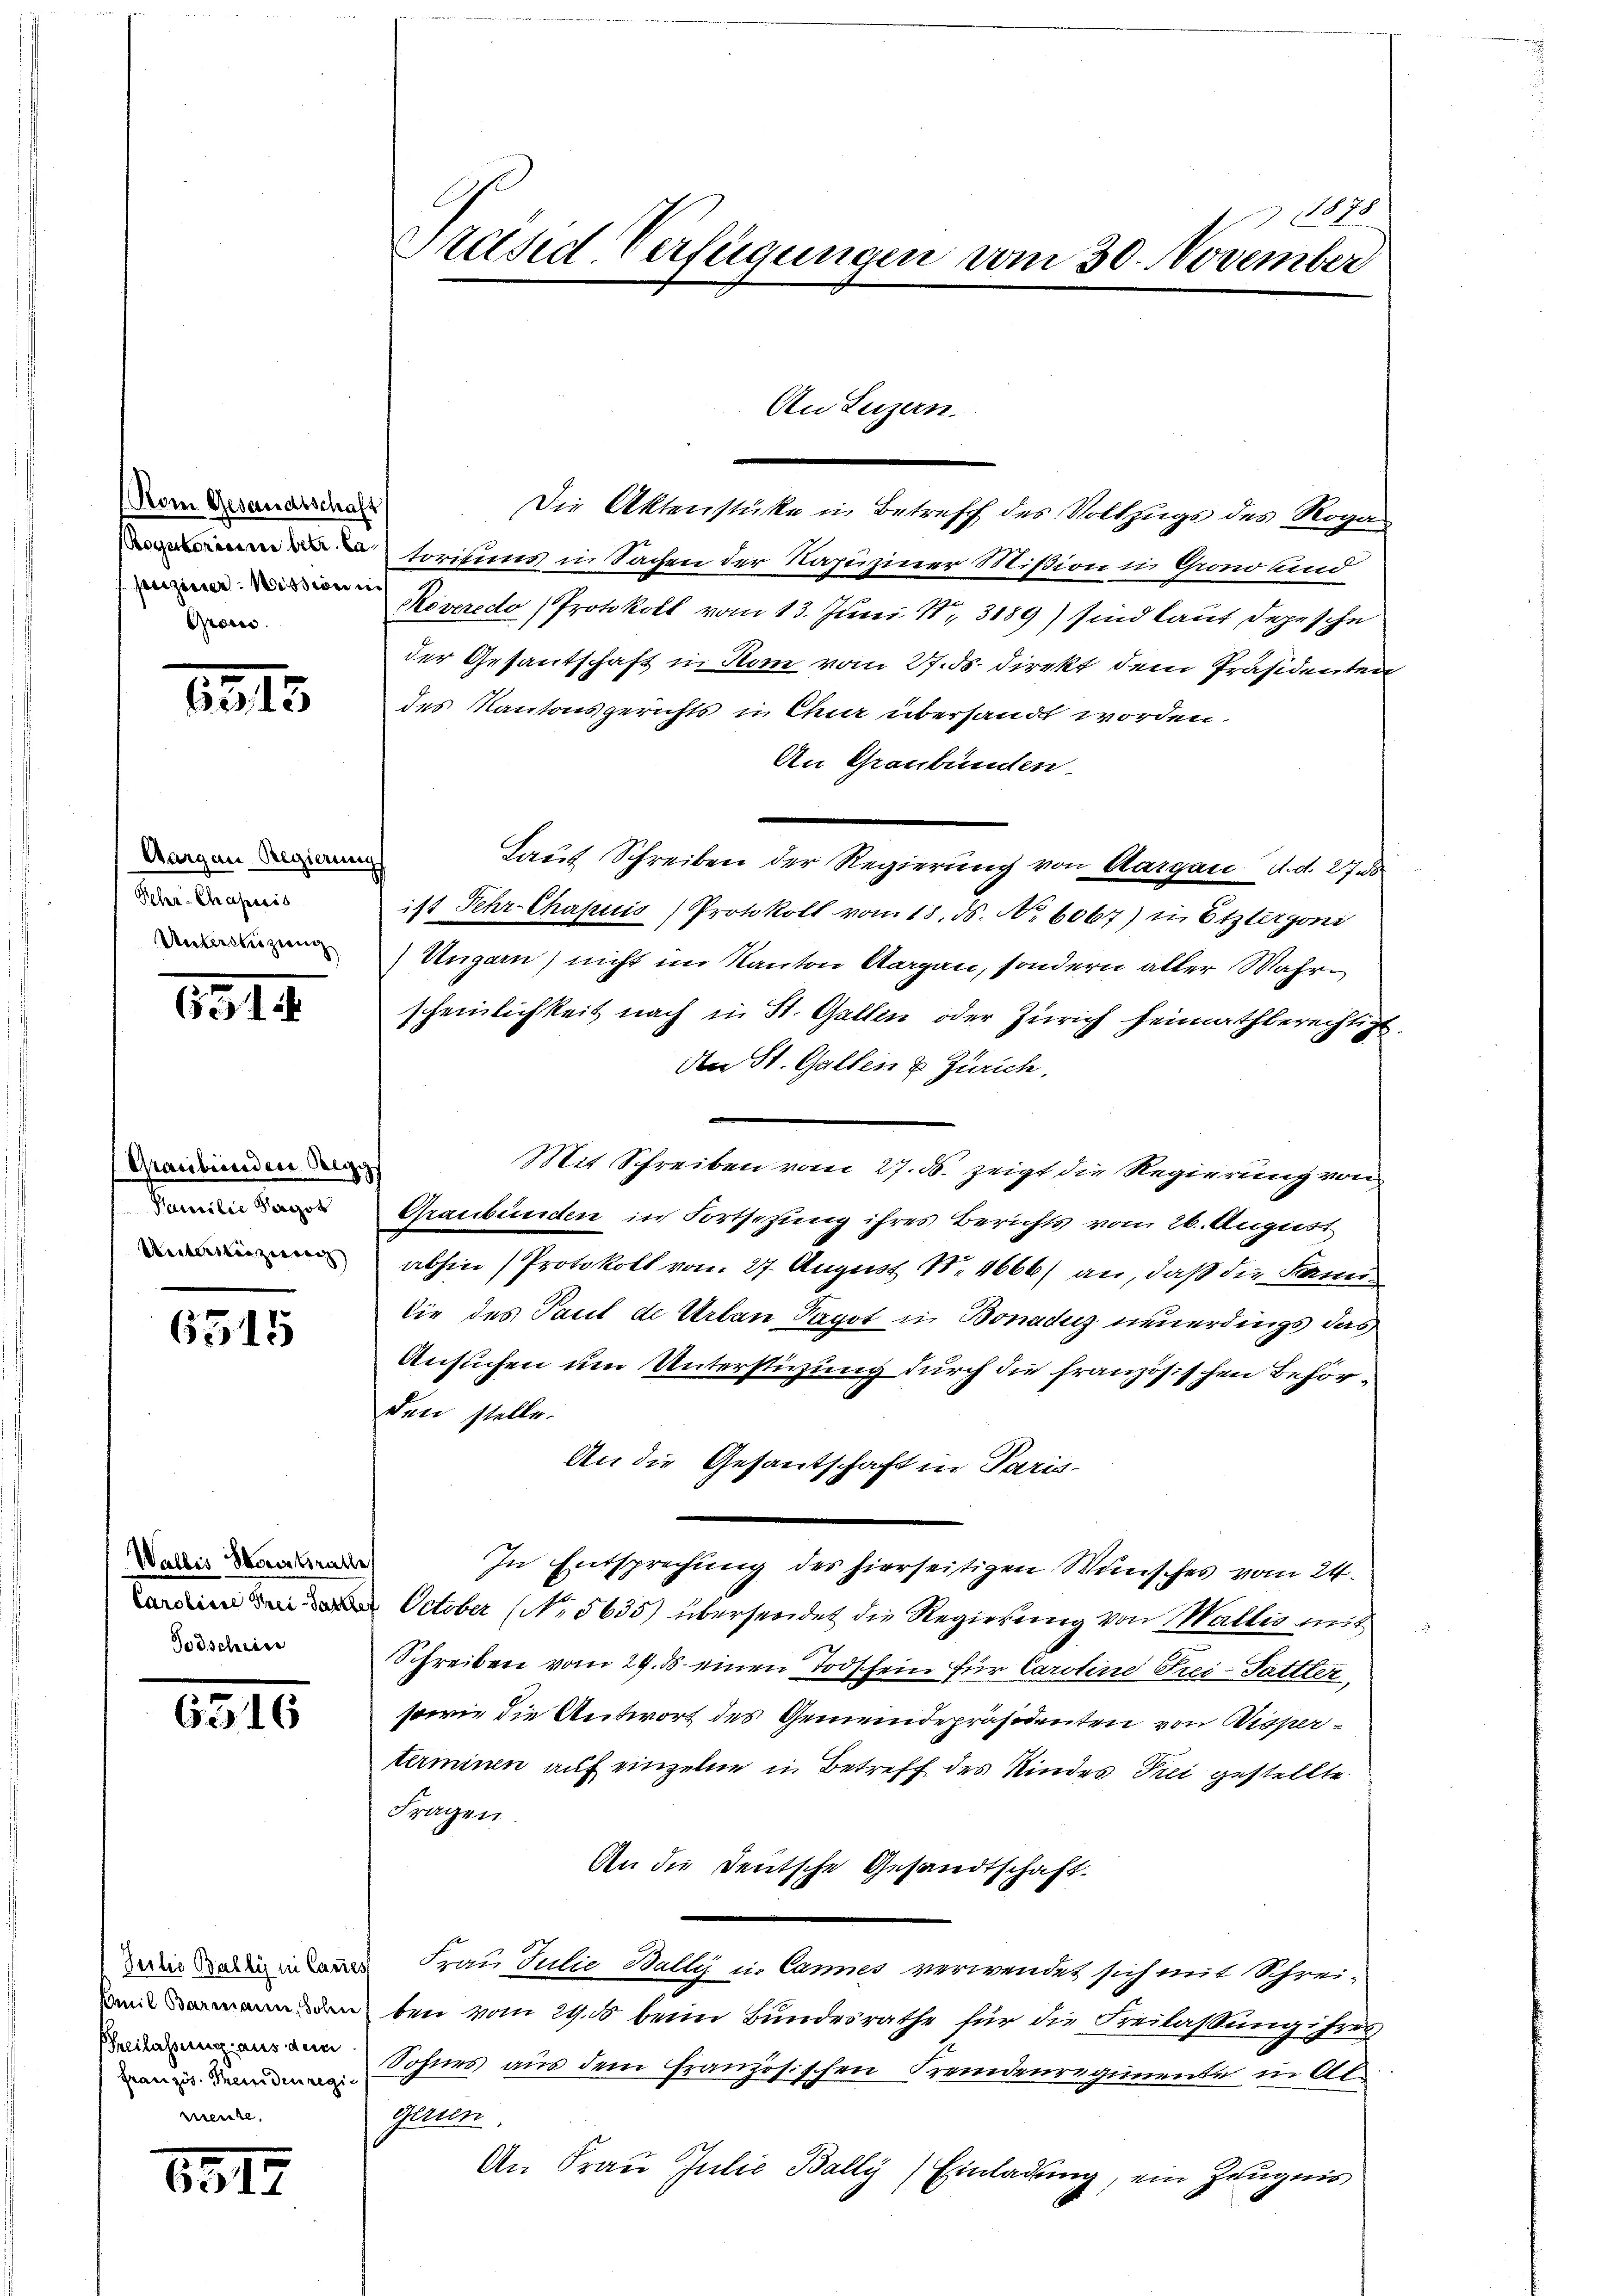
Nom Gesandtschaft
puziner Mission i
Grom.

1315

Aargau Regierungs
Pehr-Chaprés
Untertigung

1818.

Graubünden Regg
Familie Karot
Unteriteizieren

6315

Wallis Haustrathe
Todscheine

6316

Juilio Balky in Canzes
Amil Barmann, Sohnne
Breilassung aus dem
Französ. Berne dein regirrente,

6319

178
Präsid. Verfügungen vom 30. November

Die Aktenstücke in Betreff des Vollzugs des Roga
toritums in Sachen der Napuziner Missioni Grono land
Roveredo (Protokoll vom 13. Juni 183189) sind laut depesche
der Gesantschaft in Rom vom 27. ds. direkt dem Präsidenten
des Kantonsgerichts in Chur übersandt worden.
An Graubünden.
Laut Schreiben der Regierung von Aargau d. d. 273
ist Fehr-Chapuis Protokoll vom 18. ds. No 6067) in Etztergoni
Ungarn) nicht im Kanton Aargau, sondern aller Wahrscheinlichkeit nach in St. Gallen oder Zürich heimathberechtigt.
An St. Gallen & Zürich,
Mit Schreiben vom 27. ds. zeigt die Regierung von
Graubünden in Fortsezung ihres Berichts vom 26. August
abhin (Protokoll von 27. August N. 4666) an, daß die kann
die des Paul de Urban Pagot in Bonaduz neuerdings das
Ansuchen um Unterstüzung durch die französischen Behörden stelle.
An die Gesantschaft in Paris-
In Entsprechung des hierseitigen Wunsches vom 24.
 October (No 5635) übersendet die Regierung von Wallis mit
Schreiben vom 29. ds. einen Todschein für Caroline Frei-Pattler,
sowie die Antwort des Gemeindepräsidenten von Disperterminen auf einzelne in Betreff des Kindes Prei gestellte.
Fragen
An die Deutsche Gesandtschaft.
Frau Julie Bally in Cannes verwendet sich mit Schreiben vom 29. ds beim Bundesrathe für die Freilassung ihres
Sohnes aus dem Französischen Fremdenregimente in Al.
gernen.
An Frau Julie Bally) Einladung, ein Zeugnis

An Luzern